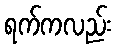
ရက်ကလည်း